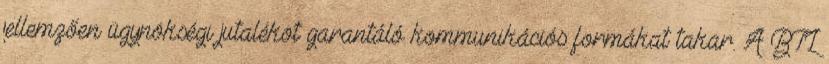
jellemzően ügynökségi jutalékot garantáló kommunikációs formákat takar. A BTL